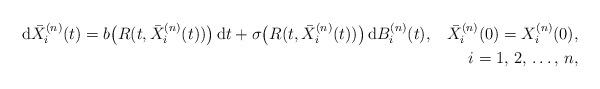
LaTeX: \begin{align*}\mathrm{d}\bar{X}^{(n)}_i(t)=b\big(R(t,\bar{X}^{(n)}_i(t))\big)\,\mathrm{d}t+\sigma\big(R(t,\bar{X}^{(n)}_i(t))\big)\,\mathrm{d}B^{(n)}_i(t),\;\;\;\bar{X}^{(n)}_i(0)=X^{(n)}_i(0), \\i=1,\,2,\,\ldots,\,n,\end{align*}